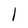
Character: l